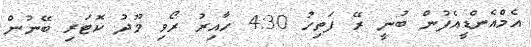
އެމްއެންޑީއެފުން ބުނީ ރޭ ފަތިހު 4:30 ހާއިރު ރޯވި މޫދު ކޮޓަރި ބޭނުން